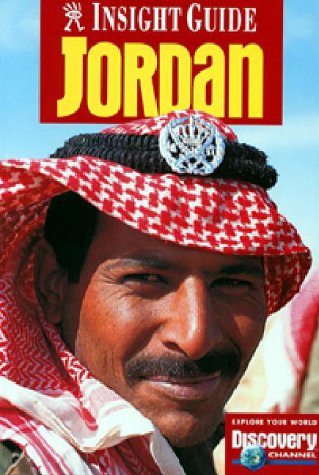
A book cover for Jordan (Insight Guide Jordan); Insight Guides; Travel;